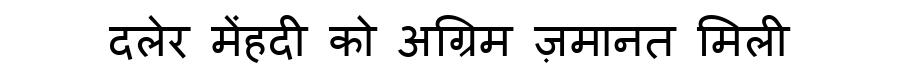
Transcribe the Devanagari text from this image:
दलेर मेंहदी को अग्रिम ज़मानत मिली